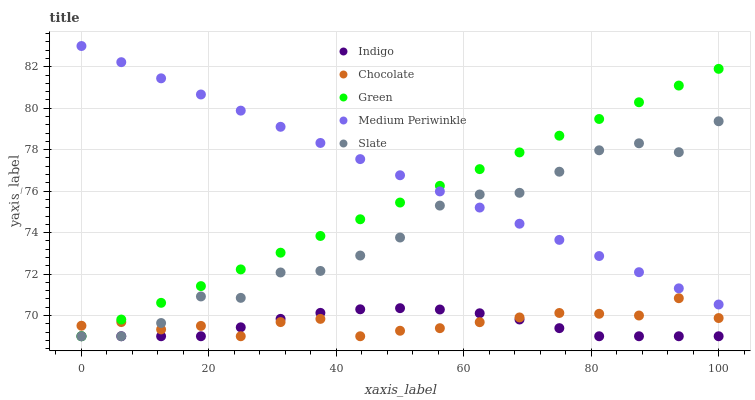
| xaxis_label | Indigo | Chocolate | Green | Medium Periwinkle | Slate |
 | --- | --- | --- | --- | --- | --- |
 | 0 | 69 | 69.5 | 69 | 83 | 69 |
 | 6.25 | 69 | 69.7 | 69.8 | 82.2 | 69 |
 | 12.5 | 69 | 69.3 | 70.6 | 81.4 | 69.6 |
 | 18.8 | 69 | 69.5 | 71.4 | 80.7 | 70.9 |
 | 25 | 69.4 | 69 | 72.2 | 79.9 | 70.9 |
 | 31.2 | 69.8 | 69.7 | 73 | 79.1 | 72.1 |
 | 37.5 | 70.1 | 69.8 | 73.8 | 78.3 | 72.2 |
 | 43.8 | 70.3 | 69 | 74.6 | 77.5 | 72.9 |
 | 50 | 70.4 | 69.3 | 75.4 | 76.8 | 73.8 |
 | 56.2 | 70.3 | 69.4 | 76.3 | 76 | 75.3 |
 | 62.5 | 70.1 | 69.7 | 77.1 | 75.2 | 75.8 |
 | 68.8 | 69.8 | 69.9 | 77.9 | 74.4 | 75.9 |
 | 75 | 69.4 | 70.1 | 78.7 | 73.6 | 76.9 |
 | 81.2 | 69 | 70.1 | 79.5 | 72.9 | 78 |
 | 87.5 | 69 | 70 | 80.3 | 72.1 | 78.3 |
 | 93.8 | 69 | 70.8 | 81.1 | 71.3 | 77.9 |
 | 100 | 69 | 69.9 | 81.9 | 70.5 | 79.4 |